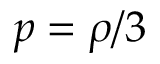
p = \rho / 3